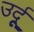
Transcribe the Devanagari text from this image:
उर्दूू